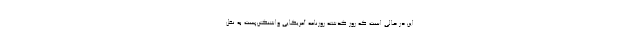
این در حالی است که روز گذشته روزنامه آمریکایی واشنگتن‌پُست به نقل